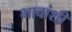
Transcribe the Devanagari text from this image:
भावांशी